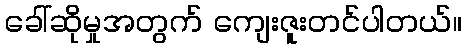
ခေါ်ဆိုမှုအတွက် ကျေးဇူးတင်ပါတယ်။